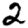
Digit: 2